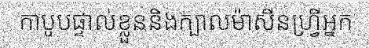
កាបូបផ្ទាល់ខ្លួននិងក្បាលម៉ាសីនហ្វ្រីអ្នក